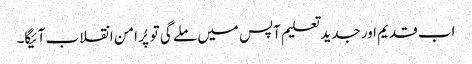
اب قدیم اور جدید تعلیم آپس میں ملے گی تو پُر امن انقلاب آئیگا۔